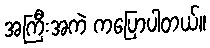
အကြီးအကဲ ကပြောပါတယ်။